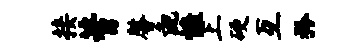
接蓍馨彘慷上硬互矜